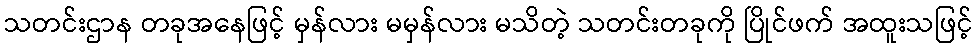
သတင်းဌာန တခုအနေဖြင့် မှန်လား မမှန်လား မသိတဲ့ သတင်းတခုကို ပြိုင်ဖက် အထူးသဖြင့်